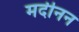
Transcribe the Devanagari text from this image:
मदीनन